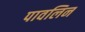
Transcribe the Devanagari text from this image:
पावलिन